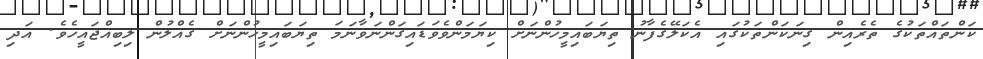
ކަންތައްތަކުގެ ތެރެއިން ގިނަކަންތަކުގައި އެކަލޭގެފާނު ތިޔަބައިމީހުންނަށް ކިޔަމަންވެވަޑައިގަންނަވާނަމަ ތިޔަބައިމީހުންނަށް ގެއްލުން ލިބިއްޖައީހެވެ. އަދި